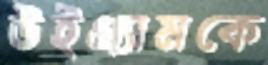
উইগ্র্যামকে